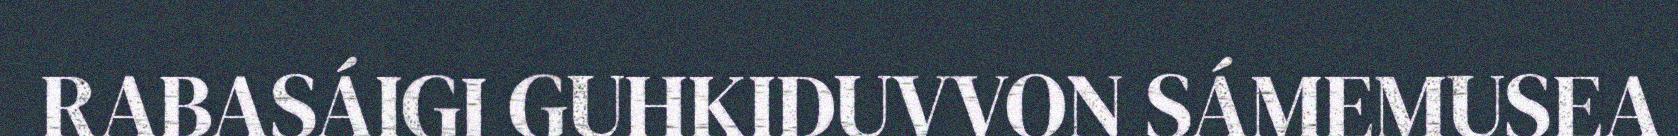
RABASÁIGI GUHKIDUVVON SÁMEMUSEA